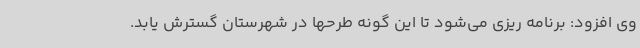
وی افزود: برنامه ریزی می‌شود تا این گونه طرحها در شهرستان گسترش یابد.